画像に写った文字を読んでください
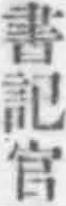
「書記官」と書いてあります